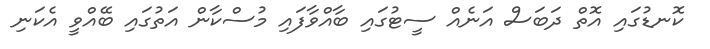
ކޮނޑުގައި އޮތް ދަބަސް އަނެއް ސީޓުގައި ބާއްވާފައި މުސްކާން އަތުގައި ބޭއްވީ އެކަނި